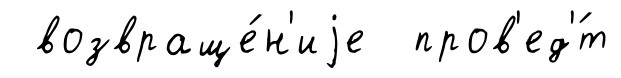
возвраще́н'иjе пров'ед'́т